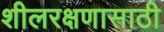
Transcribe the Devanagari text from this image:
शीलरक्षणासाठी